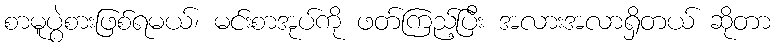
စာမူပွဲစားဖြစ်ရမယ်၊ မင်းစာအုပ်ကို ဖတ်ကြည့်ပြီး အလားအလာရှိတယ် ဆိုတာ